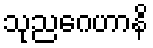
သုညဂေဟာနိ